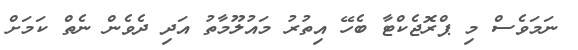
ނަމަވެސް މި ޕްރޮޖެކްޓާ ބެހޭ އިތުރު މައުލޫމާތު އަދި ދެވެން ނެތް ކަމަށް